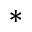
\ast